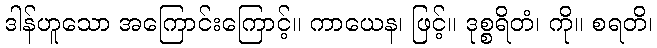
ဒါန်ဟူသော အကြောင်းကြောင့်။ ကာယေန၊ ဖြင့်။ ဒုစ္စရိတံ၊ ကို။ စရတိ၊